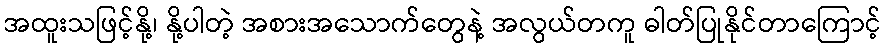
အထူးသဖြင့်နို့၊ နို့ပါတဲ့ အစားအသောက်တွေနဲ့ အလွယ်တကူ ဓါတ်ပြုနိုင်တာကြောင့်